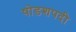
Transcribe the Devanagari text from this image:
षोडशपदी